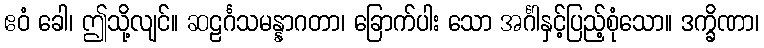
ဧဝံ ခေါ၊ ဤသို့လျင်။ ဆဠင်္ဂသမန္နာဂတာ၊ ခြောက်ပါး သော အင်္ဂါနှင့်ပြည့်စုံသော။ ဒက္ခိဏာ၊